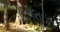
ઇઝરાઇલ